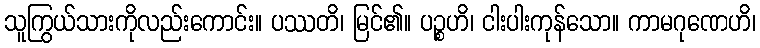
သူကြွယ်သားကိုလည်းကောင်း။ ပဿတိ၊ မြင်၏။ ပဉ္စဟိ၊ ငါးပါးကုန်သော။ ကာမဂုဏေဟိ၊